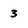
Character: 3